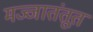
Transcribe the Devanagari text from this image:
मज्जातंतूत